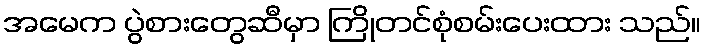
အမေက ပွဲစားတွေဆီမှာ ကြိုတင်စုံစမ်းပေးထား သည်။